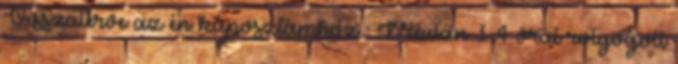
Visszatérve az én káposztámhoz : Miután 3-4 órát rotyogott